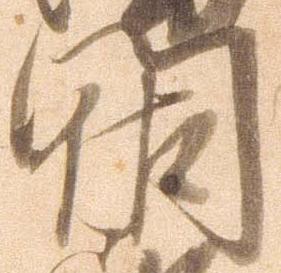
門